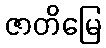
ဇာတိမြေ